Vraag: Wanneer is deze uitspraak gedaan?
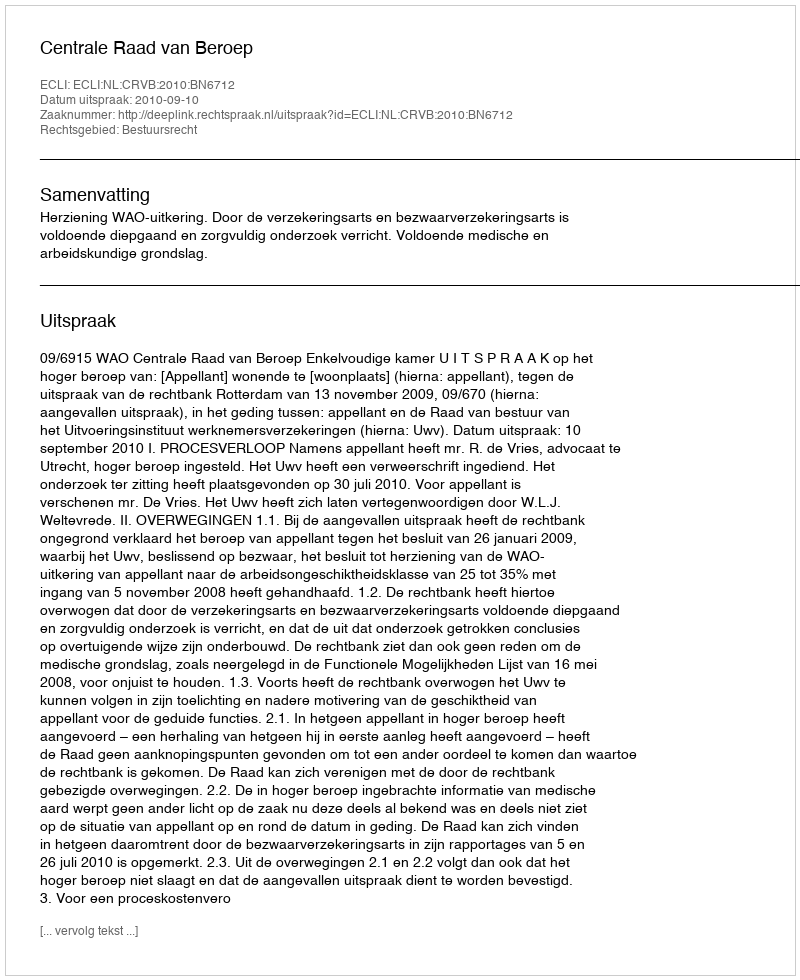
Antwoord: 2010-09-10